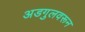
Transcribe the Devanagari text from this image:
अडगुलवरून